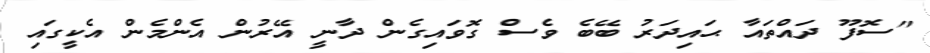
"ސޮފޫ ދައްތައާ ޙައިދަރު ބޭބެ ވެސް ގޮވައިގެން ދާނީ އޭރުން އެންމެން އެކީގައި